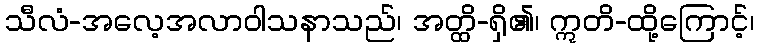
သီလံ-အလေ့အလာဝါသနာသည်၊ အတ္ထိ-ရှိ၏၊ ဣတိ-ထို့ကြောင့်၊